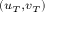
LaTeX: \scriptstyle ( u _ { T } , v _ { T } )